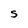
Character: S